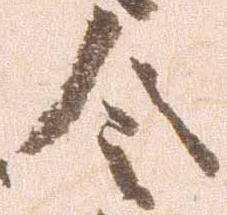
令